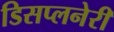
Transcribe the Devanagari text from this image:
डिसप्लनेरी